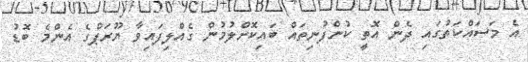
އެ މަސައްކަތުގައި ދެން އޮތީ ކުންފުނިތައް ބައިކޮށްލުމުން ގެއްލިފައިވާ ޔޫރަޕްގެ އެންމެ ބޮޑު